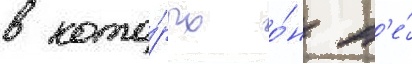
в кото́рых о́н н'е́